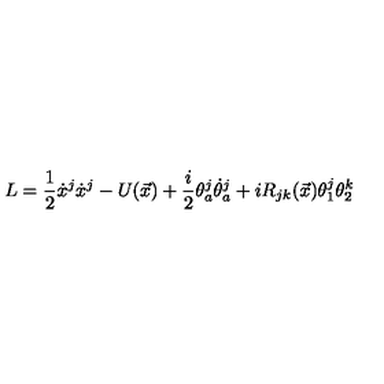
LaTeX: L = \displaystyle \frac { 1 } { 2 } \dot { x } ^ { j } \dot { x } ^ { j } - U ( \vec { x } ) + \displaystyle \frac { i } { 2 } \theta _ { a } ^ { j } \dot { \theta } _ { a } ^ { j } + i R _ { j k } ( \vec { x } ) \theta _ { 1 } ^ { j } \theta _ { 2 } ^ { k }